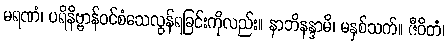
မရဏံ၊ ပရိနိဗ္ဗာန်ဝင်စံသေလွန်ရခြင်းကိုလည်း။ နာဘိနန္ဒာမိ၊ မနှစ်သက်။ ဇီဝိတံ၊